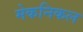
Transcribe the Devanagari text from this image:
मेकनिकल